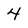
Character: 4